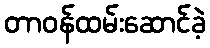
တာဝန်ထမ်းဆောင်ခဲ့